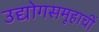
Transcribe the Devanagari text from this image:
उद्योगसमूहाचीं